Leaving Certificate Examination, 1909
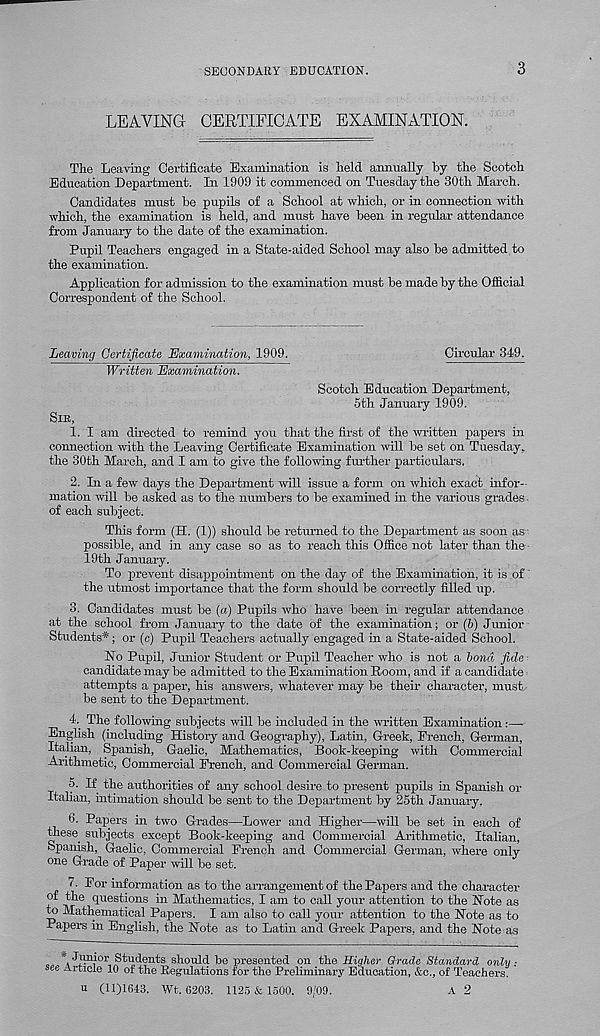
SECONDARY EDUCATION.
3
LEAVING CERTIFICATE EXAMINATION.
The Leaving Certificate Examination is held annually by the Scotch
Education Department. In 1909 it commenced on Tuesday the 30th March.
Candidates must be pupils of a School at which, or in connection with
which, the examination is held, and must have been in regular attendance
from January to the date of the examination.
Pupil Teachers engaged in a State-aided School may also be admitted to
the examination.
Application for admission to the examination must be made by the Official
Correspondent of the School.
Leaving Certificate Examination, 1909.
Circular 349.
Written Examination.
Scotch Education Department,
5th January 1909.
SIB,
1. I am directed to remind you that the first of the written papers in
connection with the Leaving Certificate Examination will be set on Tuesday,
the 30th March, and I am to give the following further particulars.
2. Li a few days the Department will issue a form on which exact infor--
mation will be asked as to the numbers to be examined in the various grades.
of each subject.
This form (H. (1)) should be returned to the Department as soon as
possible, and in any case so as to reach this Office not later than the
19th January.
To prevent disappointment on the day of the Examination, it is of
the utmost importance that the form should be correctly filled up.
3. Candidates must be (a) Pupils who have been in regular attendance
at the school from January to the date of the examination; or (5) Junior
Students*; or (c) Pupil Teachers actually engaged in a State-aided School.
No Pupil, Junior Student or Pupil Teacher who is not a bond fide
candidate may be admitted to the Examination Room, and if a candidate
attempts a paper, his answers, whatever may be their character, must,
be sent to the Department.
-L The following subjects will be included in the written Examination:—
English (including History and Greography), Latin, Greek, French, German,
Italian, Spanish, Gaelic, Mathematics, Book-keeping with Commercial
Arithmetic, Commercial French, and Commercial German.
5. If the authorities of any school desire to present pupils in Spanish or
Italian, intimation should be sent to the Department by 25th January.
*1. Papers in two Grades—Lower and Higher—will be set in each of
Diese. subjects except Book-keeping and Commercial Arithmetic, Italian,
Spanish, Gaelic, Commercial French and Commercial German, where only
one Grade of Paper will be set.
A For information as to the arrangement of the Papers and the character
of the questions in Mathematics, I am to call your attention to the Note as
to Mathematical Papers. I am also to call your attention to the Note as to
Papers in English, the Note as to Latin and Greek Papers, and the Note as
\ Jnnior Students should be presented on the Higher Grade Standard only ;
see Article 10 of the Regulations for the Preliminary Education, &c., of Teachers.
u (11)1643, Wt. 6203. 1125 & 1500. 9/09.
A 2